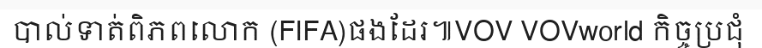
បាល់ទាត់ពិភពលោក (FIFA)ផងដែរ៕VOV VOVworld កិច្ចប្រជុំ